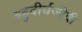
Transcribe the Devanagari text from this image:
बहुदीर्घजीवी